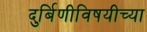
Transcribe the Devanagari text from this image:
दुर्बिणीविषयीच्या